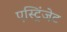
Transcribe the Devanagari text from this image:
एस्ट्रिंजेट